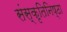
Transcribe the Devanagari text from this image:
संस्कृतिनिष्ठा